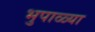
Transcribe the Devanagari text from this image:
भुपाळ्या